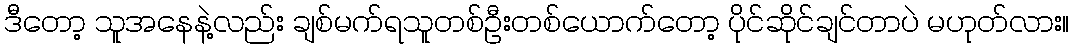
ဒီတော့ သူအနေနဲ့လည်း ချစ်မက်ရသူတစ်ဦးတစ်ယောက်တော့ ပိုင်ဆိုင်ချင်တာပဲ မဟုတ်လား။